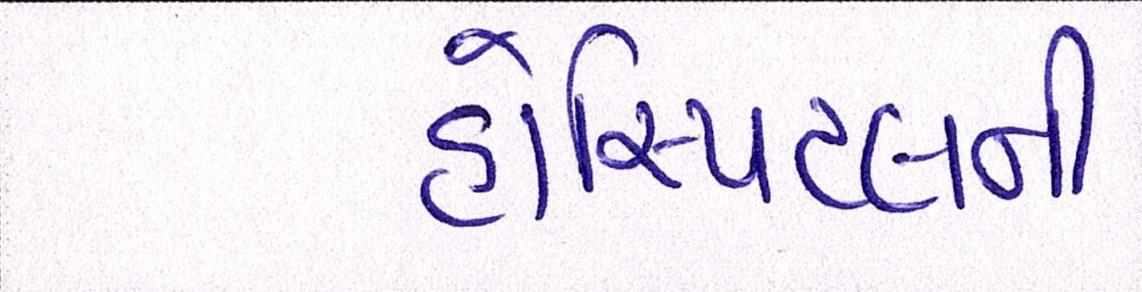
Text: હોસ્પિટલની